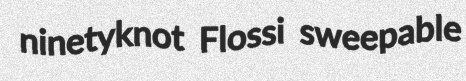
ninetyknot Flossi sweepable